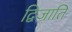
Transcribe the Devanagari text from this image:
द्विजाति